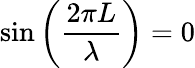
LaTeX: \sin\left({\frac{2\pi L}{\lambda}}\right)=0